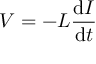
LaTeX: V = - L { \frac { \mathrm { d } I } { \mathrm { d } t } } \,